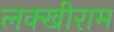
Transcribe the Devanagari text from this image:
लक्खीराम